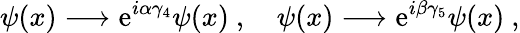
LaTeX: \psi(x)\longrightarrow{\mathrm e}^{i\alpha\gamma_{4}}\psi(x)\ ,\quad\psi(x)\longrightarrow{\mathrm e}^{i\beta\gamma_{5}}\psi(x)\ ,